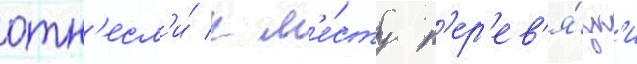
отн'есл'и́ к м'е́сту п'ер'ев'я́зк'и